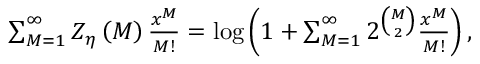
\begin{array} { r } { \sum _ { M = 1 } ^ { \infty } Z _ { \eta } \left( M \right) \frac { x ^ { M } } { M ! } = \log \left( 1 + \sum _ { M = 1 } ^ { \infty } 2 ^ { \binom { M } { 2 } } \frac { x ^ { M } } { M ! } \right) , } \end{array}